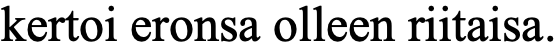
kertoi eronsa olleen riitaisa.